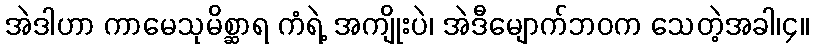
အဲဒါဟာ ကာမေသုမိစ္ဆာရ ကံရဲ့ အကျိုးပဲ၊ အဲဒီမျောက်ဘဝက သေတဲ့အခါ၊၄။